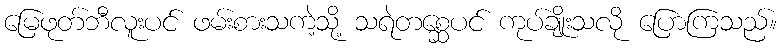
မြေဖုတ်ဘီလူးပင် ဖမ်းစားသကဲ့သို့ သရဲတစ္ဆေပင် ကုပ်ချိုးသလို ပြောကြသည်။